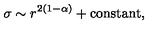
\sigma \sim r ^ { 2 ( 1 - \alpha ) } + \mathrm { c o n s t a n t } ,